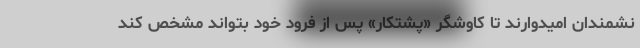
نشمندان امیدوارند تا کاوشگر «پشتکار» پس از فرود خود بتواند مشخص کند